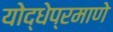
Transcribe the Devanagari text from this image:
योद्धेप्रमाणे